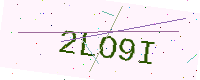
Text: 2LO9I